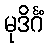
မုဒိင်္ဂံ